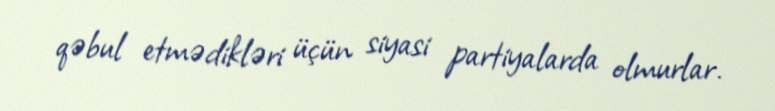
qəbul etmədikləri üçün siyasi partiyalarda olmurlar.